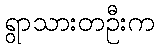
ရွာသားတဦးက